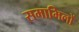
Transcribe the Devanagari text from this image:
समामिलों